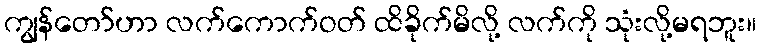
ကျွန်တော်ဟာ လက်ကောက်ဝတ် ထိခိုက်မိလို့ လက်ကို သုံးလို့မရဘူး။